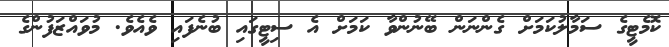
ކޮމެޓީގެ ސަމާލުކަމަށް ގެންނަން ބޭނުންވާ ކަމަށް އެ ސިޓީގައި ބުނެފައި ވެއެވެ. މުވައްޒަފުންގެ